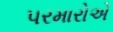
પરમારોએ